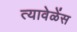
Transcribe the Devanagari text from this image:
त्यावेळेंस